system: You are a helpful assistant.
user:
Analyze the provided spectrum to determine if it is a **White Dwarf (WD)**.

A White Dwarf spectrum is defined by its **extreme purity** (due to gravitational settling) and/or **extreme pressure broadening** (due to high surface gravity). You must check for one of the following mutually exclusive signatures:

- **Key Visual Indicators (Check for ONE of these types):**

    - **1. DA-Type Signature (Most Common):**
        - **(Primary Feature):** Extreme pressure broadening (Stark broadening) of the **Hydrogen (H) Balmer lines**.
        - **(Key Lines):** $H\beta$ (approx. $4861$ Å) and $H\gamma$ (approx. $4340$ Å). $H\alpha$ (approx. $6563$ Å) will also be present if the wavelength range covers it.
        - **(Line Profile):** This is the **defining feature**. The lines are **NOT** sharp. They appear as massive, **extremely broad and deep "troughs" or "dips"** in the spectrum, often hundreds of Ångströms wide. The continuum will appear to "scoop" down at these wavelengths.
        - **(Distinction):** Normal A-type or B-type stars have *narrow* and *sharp* Hydrogen lines. A DA White Dwarf's lines are unmistakably "smeared" or "blurry" from pressure.

    - **2. DB-Type Signature:**
        - **(Primary Feature):** Broad absorption lines from **Neutral Helium (He I)**. The spectrum must lack any visible Hydrogen lines.
        - **(Key Lines):** Look for broad absorption near $4471$ Å, $4921$ Å, and $5876$ Å.
        - **(Line Profile):** These lines are also significantly pressure-broadened, appearing much wider than they would in a normal B-type main-sequence star.

    - **3. DC-Type Signature:**
        - **(Primary Feature):** A **featureless continuous spectrum**.
        - **(Line Profile):** The spectrum is a smooth curve with **no significant absorption or emission lines**.
        - **(Key Confirmation):** The continuum is almost always **blue or white**, indicating a hot object. This signature implies the atmosphere is so pure (or so cool) that no spectral lines are visible in the optical range. Its WD identity is confirmed by its extremely low intrinsic brightness (high absolute magnitude).

    - **4. DZ-Type Signature (Metal-Polluted):**
        - **(Primary Feature):** **Isolated, narrow metal absorption lines** on an otherwise featureless (DC-like) continuum.
        - **(Key Lines):** The **Calcium (Ca II) H & K doublet** (approx. **$3934$ Å** and **$3968$ Å**) is the most common and defining feature.
        - **(Line Profile):** These lines are "out of place." They are *not* part of a "forest" of thousands of lines. This signature is evidence of recent *accretion* (pollution) from rocky debris.
        - **(Distinction):** Normal G/K/M stars have a *dense forest* of thousands of metal lines. A DZ has a *clean* continuum with *only a few* strong metal lines.

    - **5. DQ-Type Signature (Carbon-Polluted):**
        - **(Primary Feature):** Absorption bands from **Carbon (C₂ "Swan Bands" or atomic C I)**.
        - **(Key Lines - C₂):** Look for bandheads with a "saw-tooth" shape near $5635$ Å, **$5165$ Å** (strongest), and $4737$ Å.
        - **(Key Confirmation):** The underlying **continuum must be blue or white** (hot).
        - **(Distinction):** This is the critical difference from a **Carbon Star**, which has the *exact same* C₂ bands but on an extremely **red, cool** continuum.

- **(Overall Spectrum):**
    - The continuum (overall shape) is typically **blue-sloping** (brighter in the blue than the red), as most white dwarfs are very hot.
    - The spectrum will look "pure" or "simple," dominated by only *one* of the five signatures listed above.

Think first, call **spectral_visualization_tool** if needed to examine features in detail, then provide your final answer. Your response must adhere to the following strict rules:
1.  **Overall Structure:** Your response must follow the format `<think>...</think> <tool_call>...</tool_call> (if a tool is used) <answer>...</answer>`.
2.  **Tool Usage Constraint:** You may only make **one** tool call per turn.
3.  **Final Answer Format:** In the `<answer>` tag, your conclusion must be inside a `\boxed{}` command (e.g., `\boxed{YES}` or `\boxed{NO}`), followed by your justification.

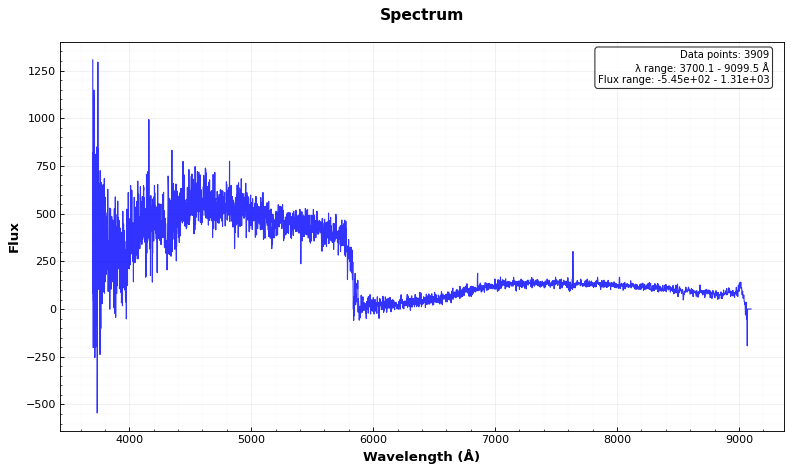
Answer: NO